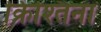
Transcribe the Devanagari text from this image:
क्रिश्तिना